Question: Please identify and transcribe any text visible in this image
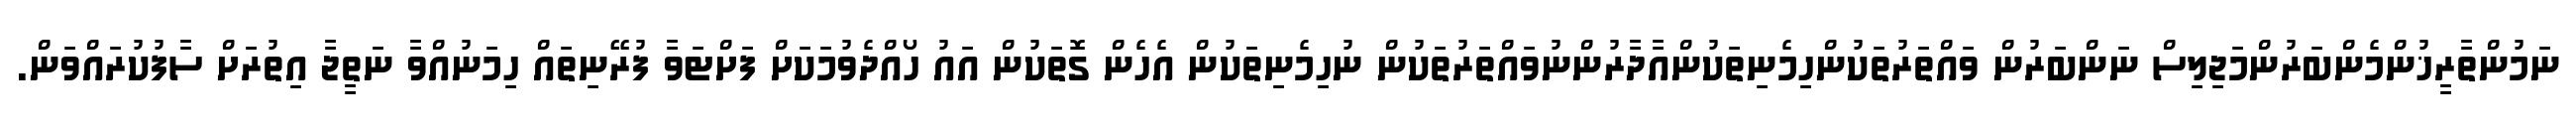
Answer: ނަމުންތާރީޚުންމެންބަރުންމަޖިލިސް ނަންބަރުން ވައްތަރުތަކުންހިމެނިތަކުންއާދާރުންނުވައްތަރުތަކުން ނުހިމެނިތަކުން އެހެން ގޮތަކުން އައު ހޯއްދެވުމަކަށް ފަށްޓަވާ ފުރޭނިތައް ހިމަނުއްވާ ނަތީޖާ އިތުރަށް ސާފުކުރައްވަން.